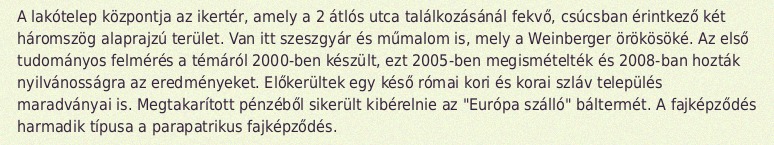
A lakótelep központja az ikertér, amely a 2 átlós utca találkozásánál fekvő, csúcsban érintkező két háromszög alaprajzú terület. Van itt szeszgyár és műmalom is, mely a Weinberger örökösöké. Az első tudományos felmérés a témáról 2000-ben készült, ezt 2005-ben megismételték és 2008-ban hozták nyilvánosságra az eredményeket. Előkerültek egy késő római kori és korai szláv település maradványai is. Megtakarított pénzéből sikerült kibérelnie az "Európa szálló" báltermét. A fajképződés harmadik típusa a parapatrikus fajképződés.